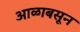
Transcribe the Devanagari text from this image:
आळाबसून